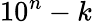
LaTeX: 10^{n}-k